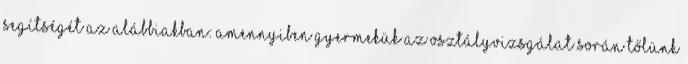
segítségét az alábbiakban: amennyiben gyermekük az osztályvizsgálat során tőlünk